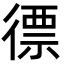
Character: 徱